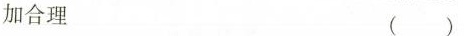
加合理 ( )